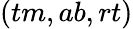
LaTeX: (tm,ab,rt)